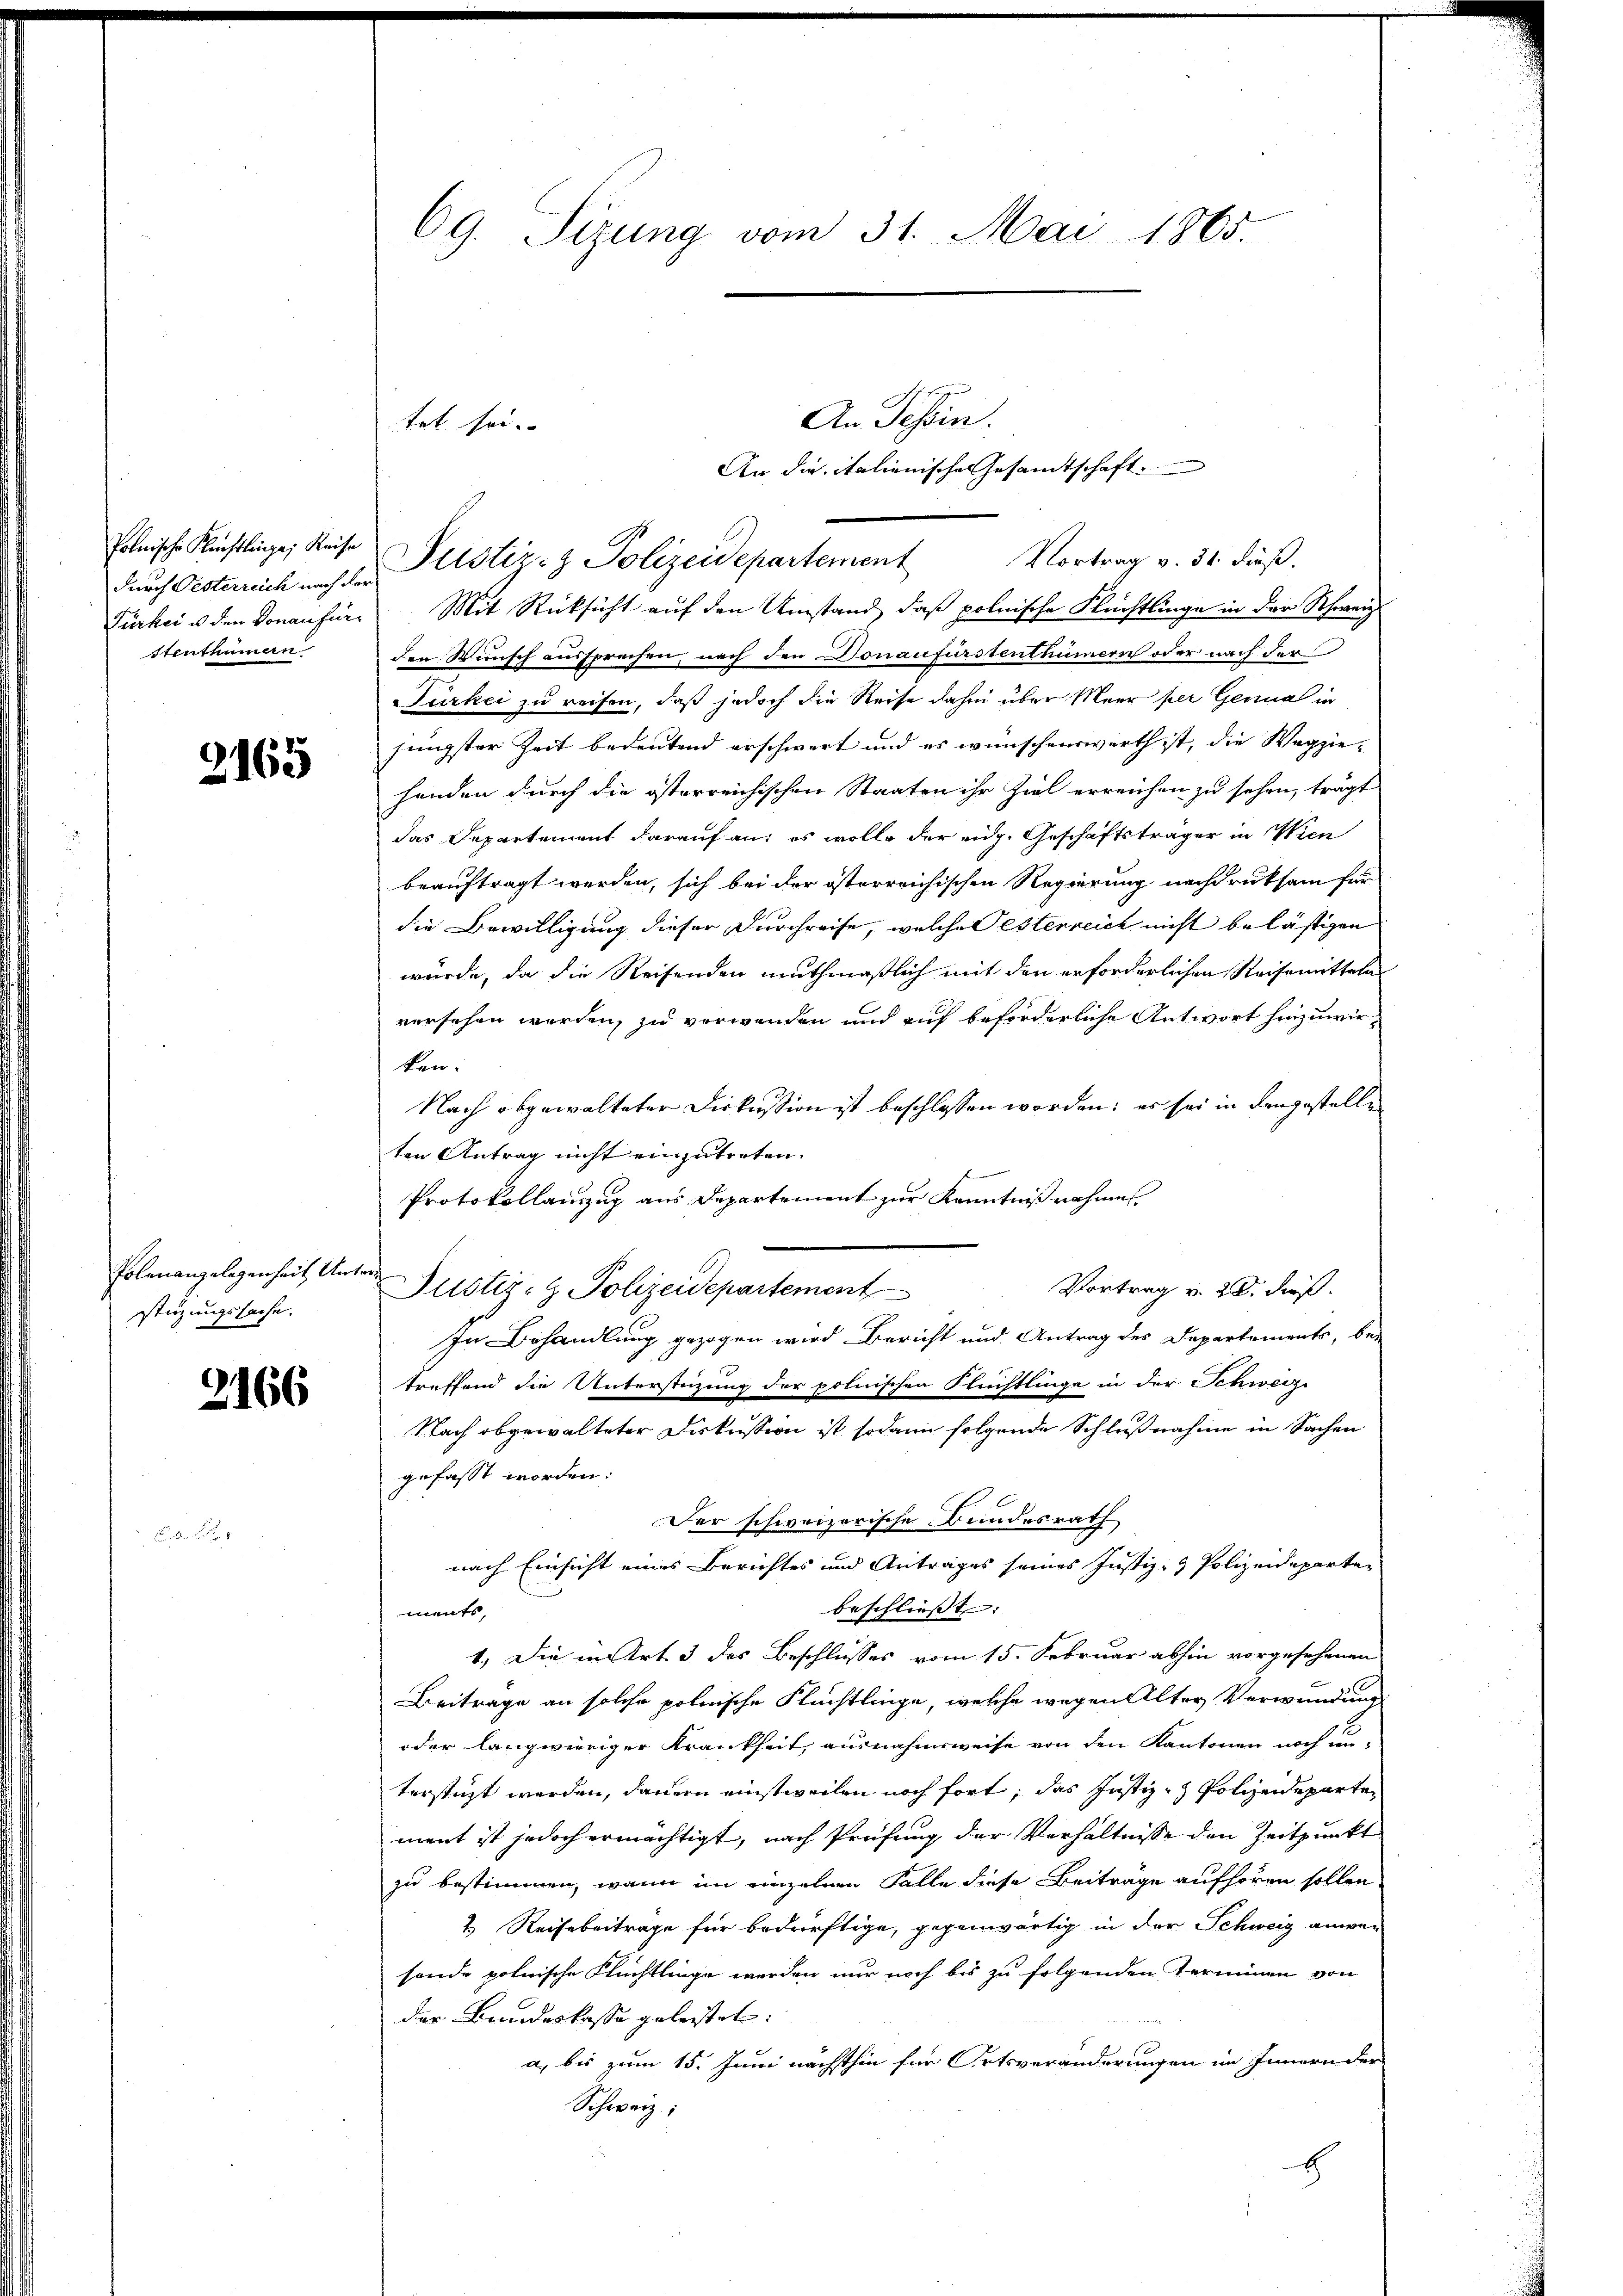
durch Oesterreich nach der
Türkei u den Voraufür¬
Stenthümern

2165

Polenangelegenheit Unters
stüzungssache.

2166

F

69. Sitzung vom 31. Mai 1865.

An Tessin.
An die italienischen Gesamtschaft.
A.
Polnische Künstlinge, Reise Sistiz- & Polizeidepartement Vortrag v. 31. dieβ.
Mit Rücksicht auf den Umstand, daß polnische Flüchtlinge in der Schweiz
den Wunsch aussprechen, nach den Donaufürstenthümern oder nach der
Türkei zu reifen, daß jedoch die Reise dahin über Meer per Genua in
jüngster Zeit bedeutend erschwert und es wünschenswerth ist, die Wegzie-
handen durch die österreichischen Staaten ihr Ziel erreichen zu sehen, trägt
das Departement darauf an: es wolle der eidg. Geschäftsträger in Wien
beauftragt werden, sich bei der österreichischen Regierung nachdruksam für
die Bewilligung dieser Durchreife, welche Oesterreich nicht belästigen
würde, da die Reisenden muthmaßlich mit den erforderlichen Reisemittela
versehen werden, zu verwenden und auf beförderliche Antwort hinzuwirken:
Nach abgewalteter Diskussion ist beschlossen worden; es sei in den gestelle
ten Antrag nicht einzutreten.
Protokollauszug aus Departement zur Kenntniß nahmen
Vortrag v. 20. dieß.
Justiz- & Polizeidepartement
In Behandlung gezogen wird Bericht und Antrag des Departements, be-
treffend die Unterstüzung der polnischen Flüchtlinge in der Schweiz.
Nach abgewalteter Diskussion ist sodann folgende Schlußnahme in Sachen
gefasst worden:
Der schweizerische Bundesrath
nach Einsicht eines Berichtes und Antrages seines Justiz- & Polizeideparten
beschließt:
ments,
1.) Die in Art. 3 des Beschlusses vom 15. Februar abhin vorgesehenen
Beiträge an solche polnische Flüchtlinge, welche wegen Alter Verwundung
oder langwieriger Krankheit, ausnahmsweise von den Kantonen noch un-
terstüzt werden, dauern einstweilen noch fort, das Justiz- & Polizeideparten
ment ist jedoch ermächtigt, nach Prüfung der Verhältnisse den Zeitpunkt
zu bestimmen, wenn im einzelnen Falle diese Beiträge aufhören sollen
2 Reise beitrage für bedürftige, gegenwärtig in der Schweiz anwesonde polnische Flüchtlinge werden nur noch bis zu folgenden Terminen von
der Bundeskasse geleistet.
a bis zum 15. Juni nächsthin für Ortsveränderungen im Innern der
Schweiz;
E

tet sei.